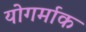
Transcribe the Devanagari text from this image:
योगर्माक